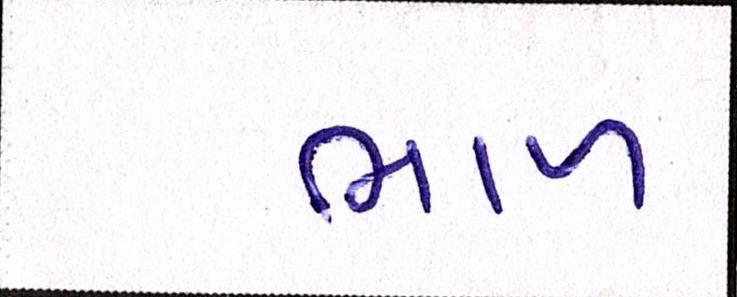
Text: ભાળ